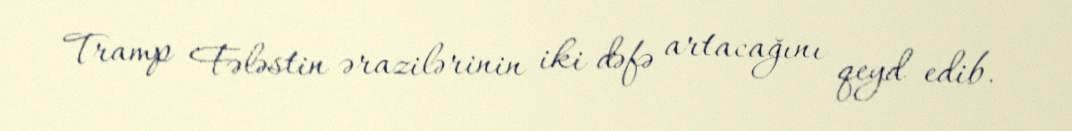
Tramp Fələstin ərazilərinin iki dəfə artacağını qeyd edib.